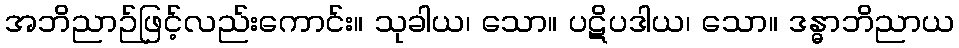
အဘိညာဉ်ဖြင့်လည်းကောင်း။ သုခါယ၊ သော။ ပဋိပဒါယ၊ သော။ ဒန္ဓာဘိညာယ